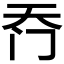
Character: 𮤮